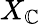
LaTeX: X_{\mathbb{C}}